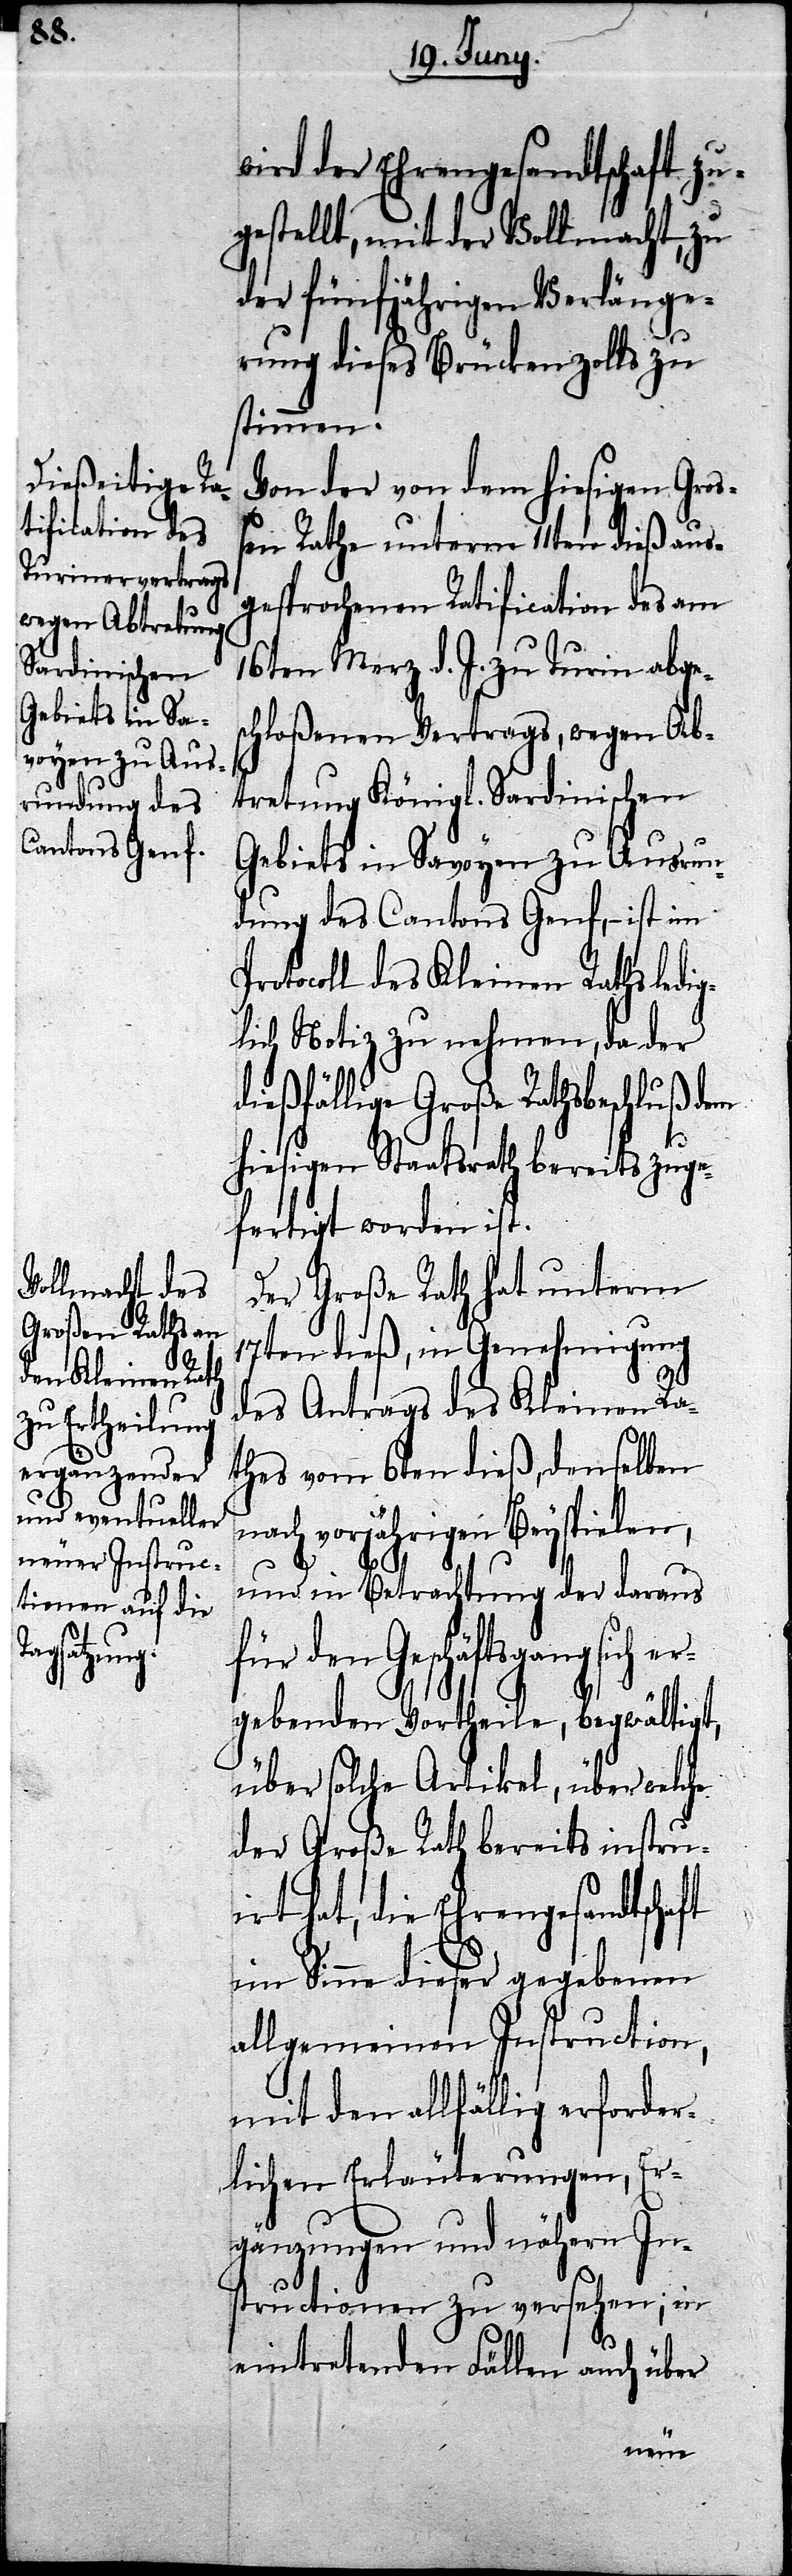
P¬
sich er¬

wird der Ehrengesandtschaft zu¬
gestellt, mit der Vollmacht, zu
der fünfjährigen Verlänge¬
rung dieses Brückenzolls zu
stimmen.
Von der von dem hiesigen Groß¬
en Rathe unterm 11ten dieß aus¬
gesprochenen Ratification des am
16ten Merz d. J. zu Turin abges¬
chloßenen Vertrages, wegen Ab¬
tretung Königl. Sardinischen
Gebiets in Savoyen zu Ausrun¬
dung des Cantons Genf, – ist im
rotocoll des Kleinen Raths ledig¬
lich Notiz zu nehmen, da der
dießfällige Große Rathsbeschluß dem
hiesigen Staatsrath bereits zuge¬
fertigt worden ist.
Der Große Rath hat unterm
17ten dieß, in Genehmigung
ft
des Antrages des Kleinen Ra¬
thes vom 6ten dieß, denselben
vorjährigen Beyspielen,
und in Betrachtung der daraus
für den Geschäftsgang
gebenden Vortheile, begwältigt,
über solche Artikel, über welche
der Große Rath bereits instru¬
irt hat, die Ehrengesandtscha¬
im Sinne dieser gegebenen
allgemeinen Instruction,
mit den allfällig erforder¬
lichen Erläuterungen, Er¬
gänzungen und nähern In¬
structionen zu versehen; in
eintretenden Fällen auch über